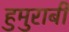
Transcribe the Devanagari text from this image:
हुमुराबी